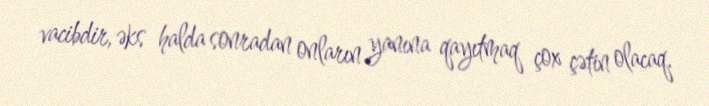
vacibdir, əks halda sonradan onların yanına qayıtmaq çox çətin olacaq.